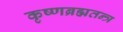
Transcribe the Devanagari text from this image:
कृष्णब्रह्मतन्त्र